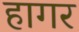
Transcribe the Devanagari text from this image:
हागर